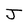
Character: J